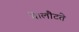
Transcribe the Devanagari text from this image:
थे।लौटते